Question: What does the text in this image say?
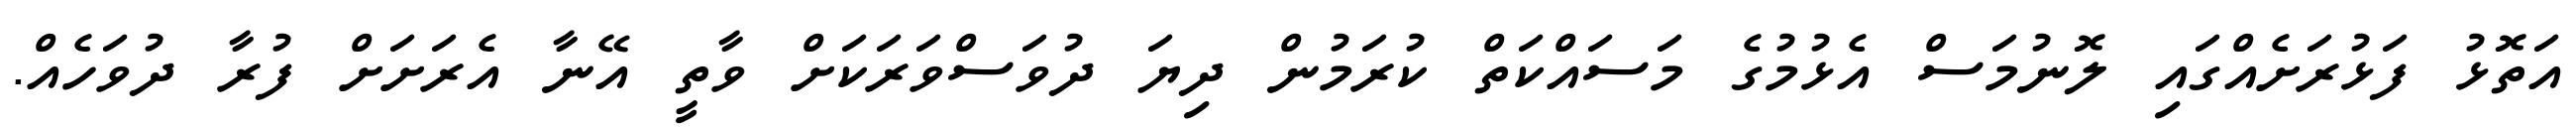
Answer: އަތޮޅު ފަޅުރަށެއްގައި ލޮނުމަސް އެޅުމުގެ މަސައްކަތް ކުރަމުން ދިޔަ ދުވަސްވަރަކަށް ވާތީ އޭނާ އެރަށަށް ފުރާ ދުވަހެއް.